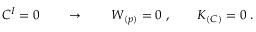
C ^ { I } = 0 \qquad \rightarrow \qquad W _ { ( p ) } = 0 \; , \qquad K _ { ( C ) } = 0 \; .